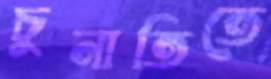
চুনাতিতে